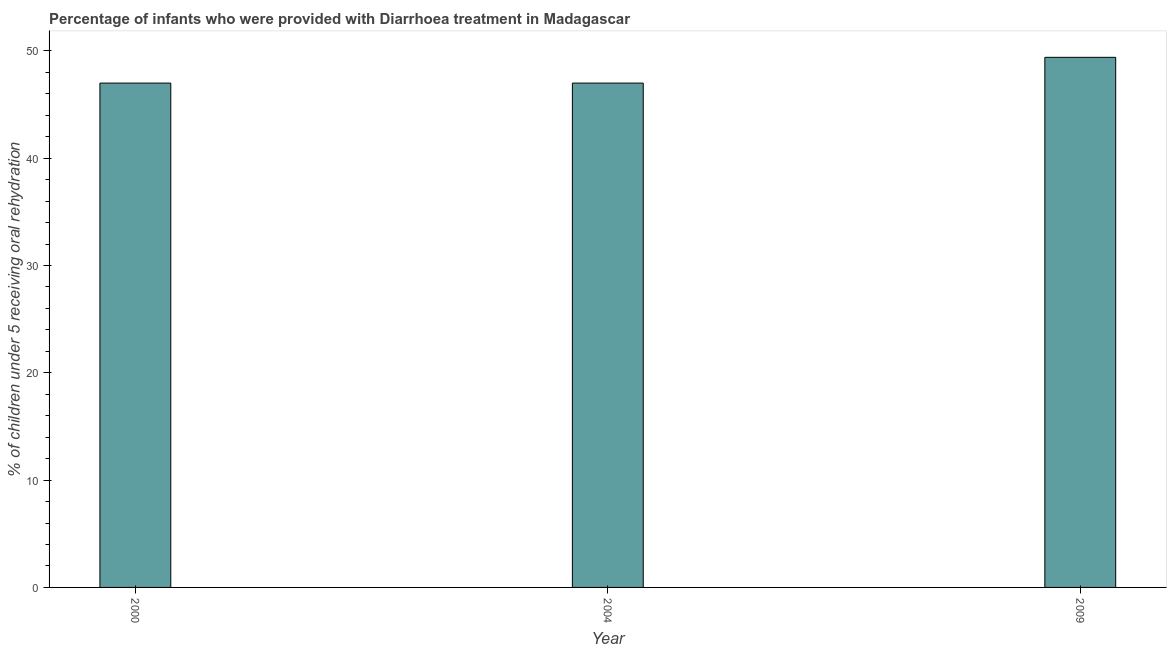
| Year | Diarrhea treatment |
 | --- | --- |
 | 2000 | 47 |
 | 2004 | 47 |
 | 2009 | 49.4 |